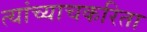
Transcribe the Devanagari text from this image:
त्यांच्याचकरिता